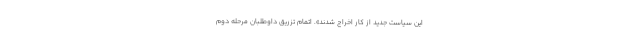
این سیاست جدید از کار اخراج شدند». اتمام تزریق داوطلبان مرحله دوم